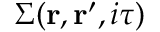
\Sigma ( \mathbf { r } , \mathbf { r } ^ { \prime } , i \tau )